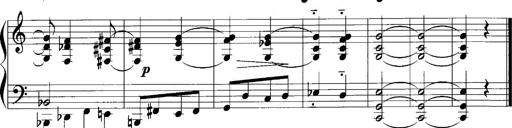
Title: Sonatina No.1
Composer: Otto Stoll
Key: C major